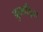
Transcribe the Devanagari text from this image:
कुल्‍हड़िन